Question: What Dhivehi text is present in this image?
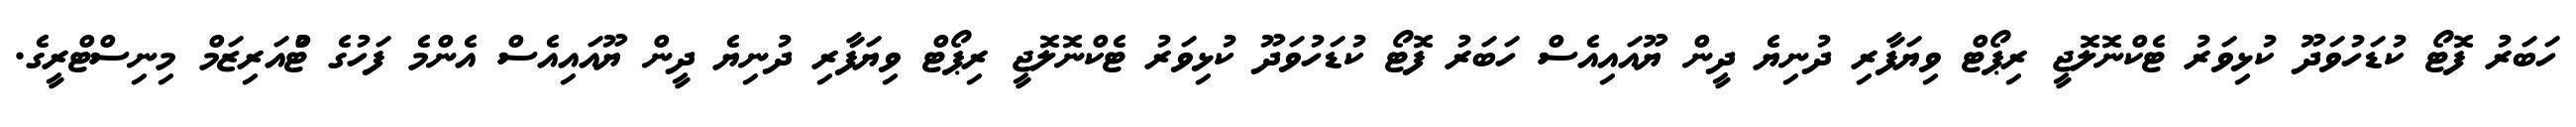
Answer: ހަބަރު ފޮޓޯ ކުޑަހުވަދޫ ކުޅިވަރު ޓެކްނޮލޮޖީ ރިޕޯޓް ވިޔަފާރި ދުނިޔެ ދީން ޔޫއައިއެސް ހަބަރު ފޮޓޯ ކުޑަހުވަދޫ ކުޅިވަރު ޓެކްނޮލޮޖީ ރިޕޯޓް ވިޔަފާރި ދުނިޔެ ދީން ޔޫއައިއެސް އެންމެ ފަހުގެ ޓްުއަރިޒަމް މިނިސްޓްރީގެ.